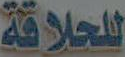
للحلاقة